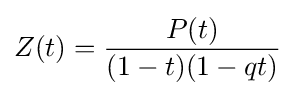
Z(t)={\frac {P(t)}{(1-t)(1-qt)}}\